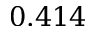
0 . 4 1 4